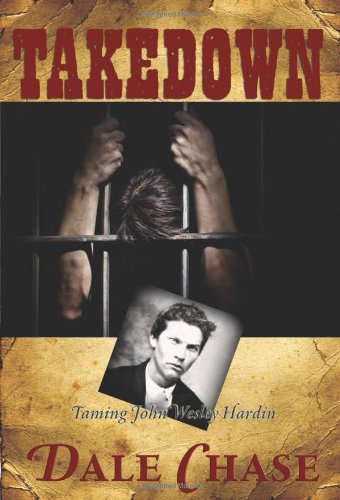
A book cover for Takedown: Taming John Wesley Hardin; Dale Chase; Romance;